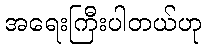
အရေးကြီးပါတယ်ဟု